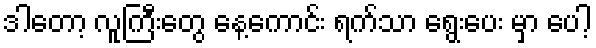
ဒါတော့ လူကြီးတွေ နေ့ကောင်း ရက်သာ ရွေးပေး မှာ ပေါ့